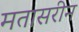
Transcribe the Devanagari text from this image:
मतासरीन